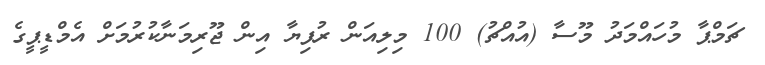
ޗަމްޕާ މުހައްމަދު މޫސާ (އުއްޗު) 100 މިލިއަން ރުފިޔާ އިން ޖޫރިމަނާކުރުމަށް އެމްޑީޕީގެ